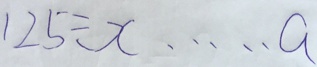
1 2 5 \div x \cdots a